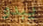
يبدو